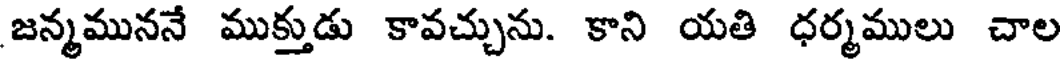
జన్మముననే ముక్తుడు కావచ్చును. కాని యతి ధర్మములు చాల